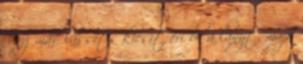
Várj már, lassíts kicsit éri be a lányt, majd